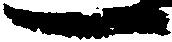
一